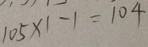
1 0 5 \times 1 - 1 = 1 0 4